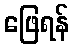
ဖြေရန်